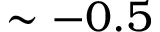
\sim - 0 . 5